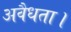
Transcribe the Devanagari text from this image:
अवैधता।